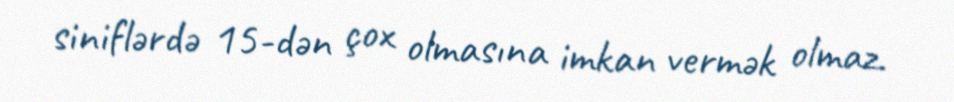
siniflərdə 15-dən çox olmasına imkan vermək olmaz.